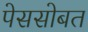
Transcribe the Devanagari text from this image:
पेससोबत